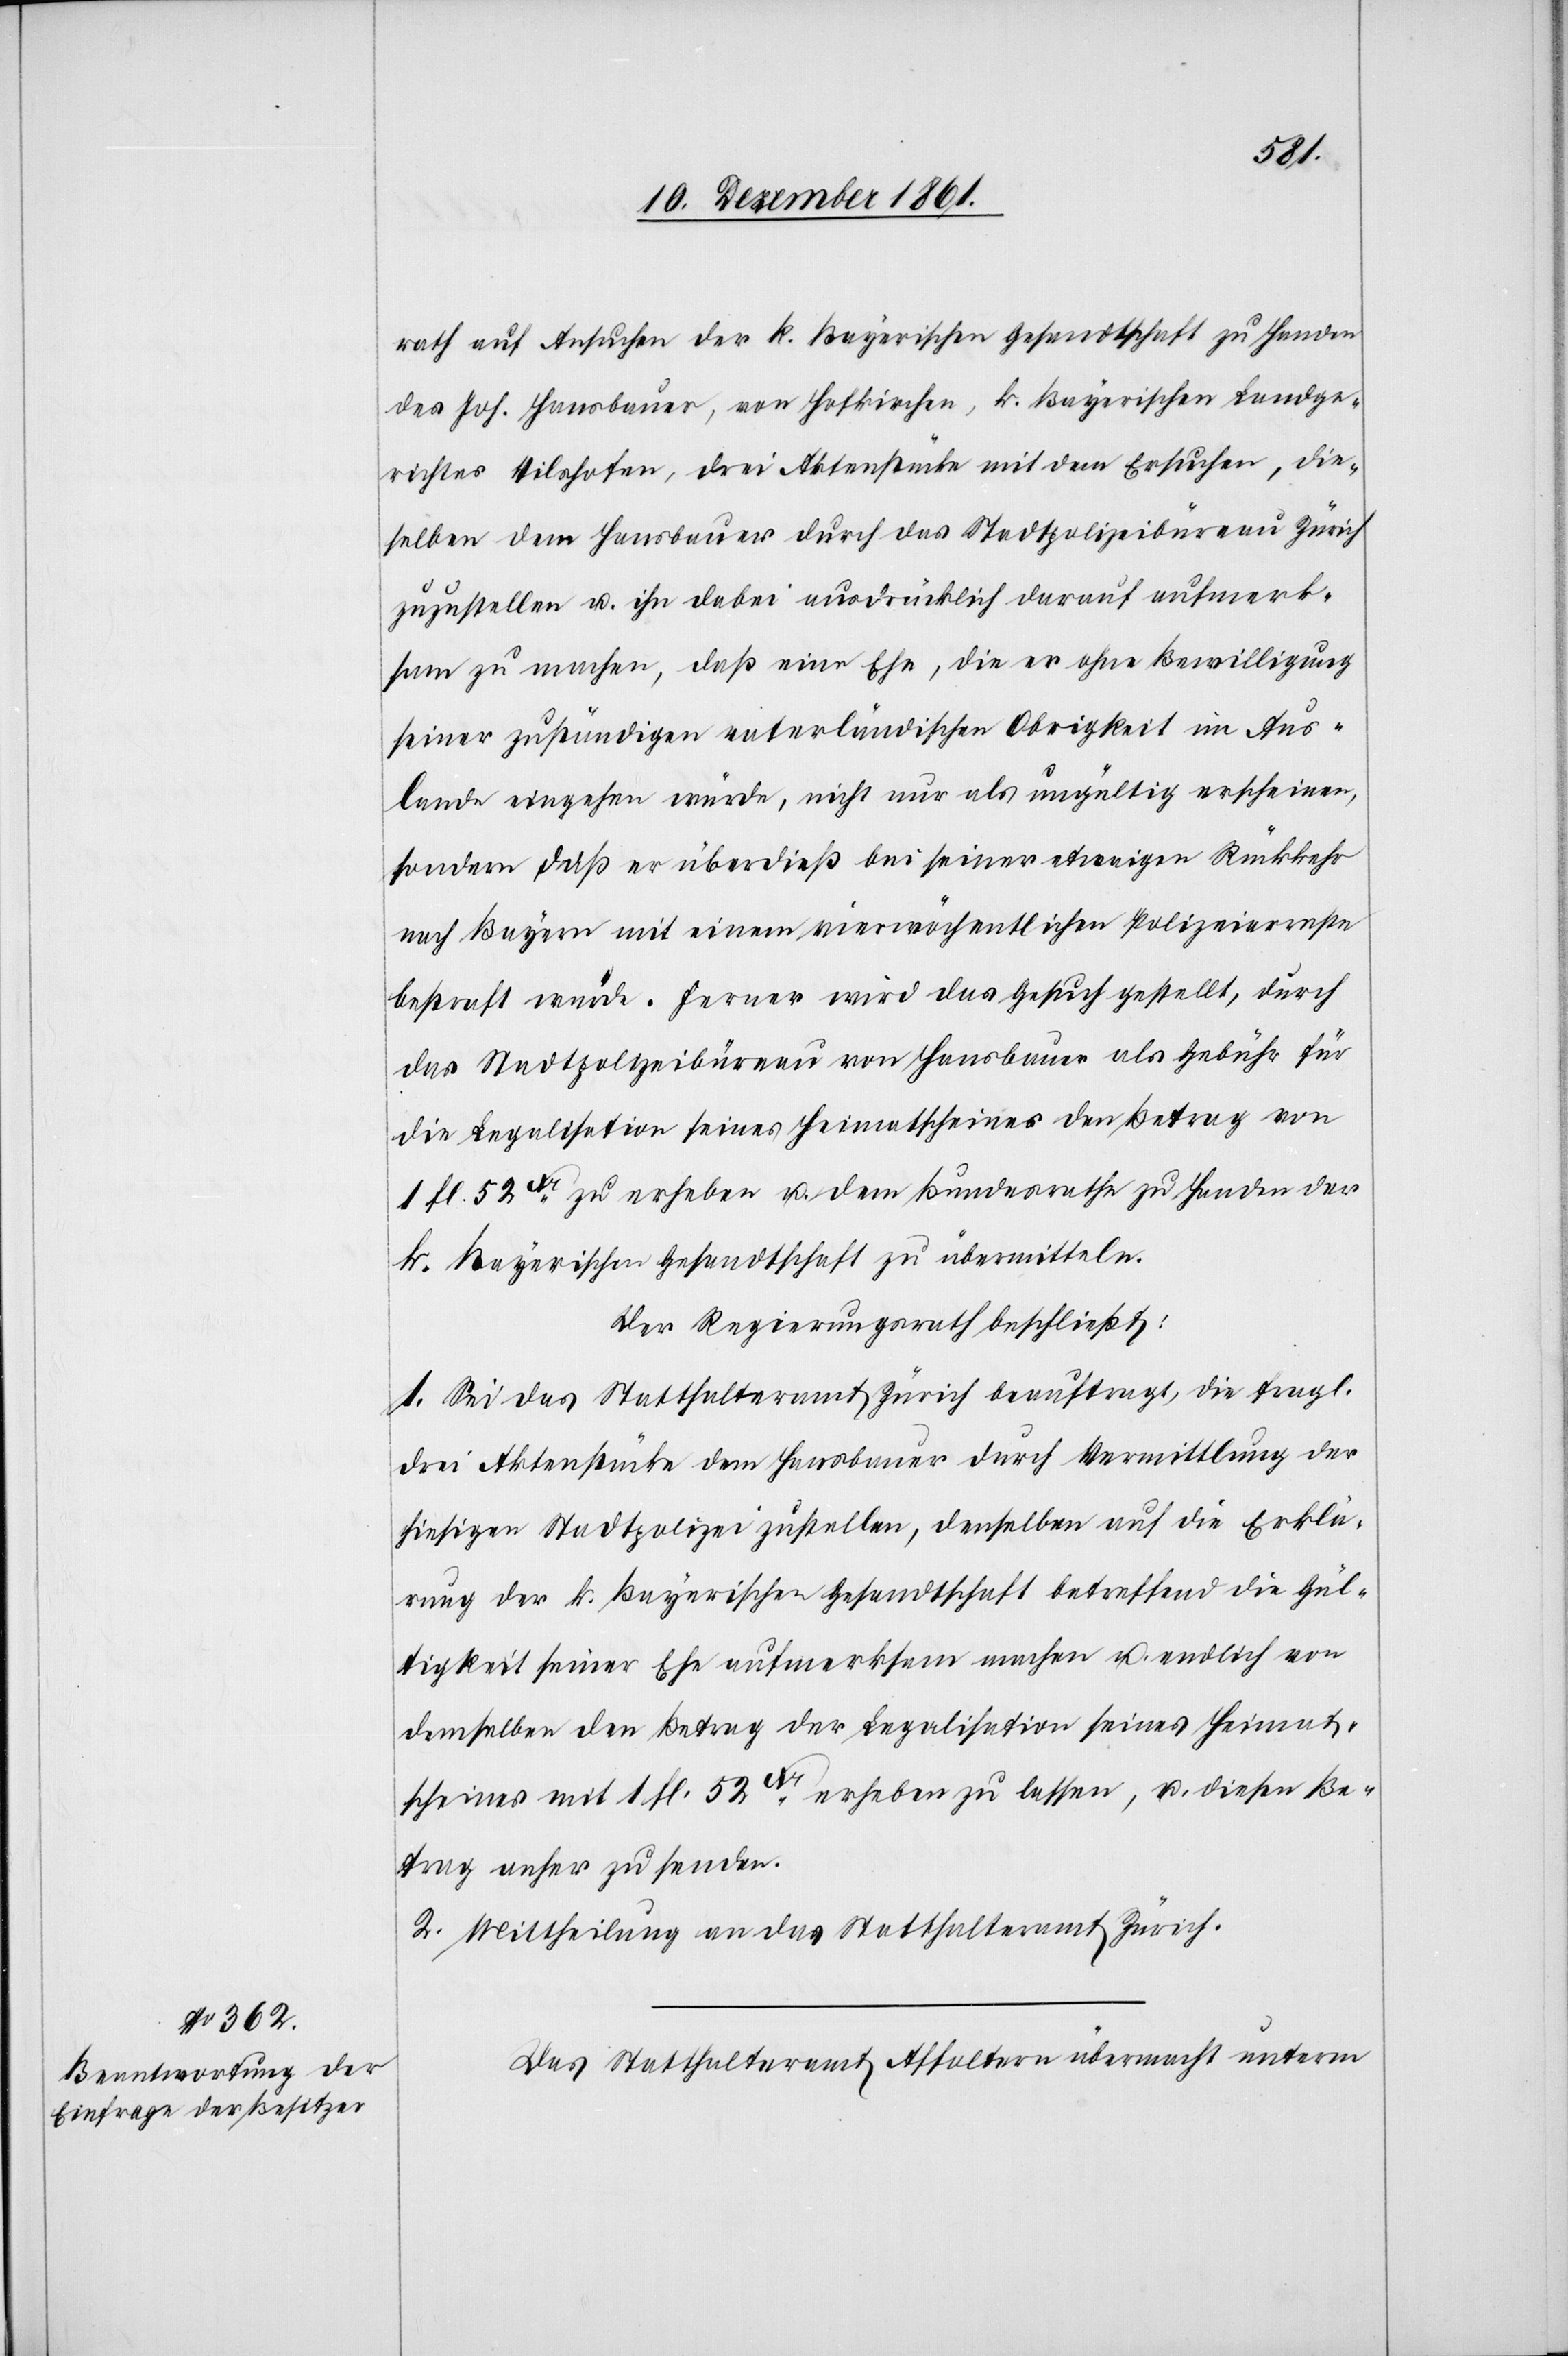
rath auf Ansuchen der k. Bayerischen Gesandtschaft zu Handen
des Joh. Hansbauer, von Hofkirchen, k. Bayerischen Landge¬
richts Vilshofen, drei Aktenstücke mit dem Ersuchen, die¬
selben dem Hansbauer durch das Stadtpolizeibüreau Zürich
zuzustellen u. ihn dabei ausdrücklich darauf aufmerk¬
sam zu machen, daß eine Ehe, die er ohne Bewilligung
seiner zuständigen vaterländischen Obrigkeit im Aus¬
lande eingehen würde, nicht nur als ungültig erscheinen,
sondern daß er überdieß bei seiner etwaigen Rückkehr
nach Bayern mit einem vierwöchentlichen Polizeiarreste
bestraft würde. Ferner wird das Gesuch gestellt, durch
das Stadtpolizeibüreau von Hausbauer als Gebühr für
die Legalisation seines Heimatscheines den Betrag von
1 fl. 52xr. zu erheben u. dem Bundesrathe zu Handen der
k. Bayerischen Gesandtschaft zu übermitteln.
Der Regierungsrath beschließt:
1. Sei das Statthalteramt Zürich beauftragt, die fragl.
drei Aktenstücke dem Hansbauer durch Vermittlung der
hiesigen Stadtpolizei zustellen, denselben auf die Erklä¬
rung der k. Bayerischen Gesandtschaft betreffend die Gül¬
tigkeit seiner Ehe aufmerksam machen u. endlich von
demselben den Betrag der Legislation seines Heimat¬
scheines mit 1 fl. 52xr. erheben zu lassen, u. diesen Be¬
trag anher zu senden.
2. Mittheilung an das Statthalteramt Zürich.
Das Statthalteramt Affoltern übermacht unterm